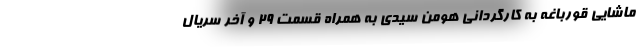
ماشایی قورباغه به کارگردانی هومن سیدی به همراه قسمت 29 و آخر سریال